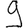
Digit: 9